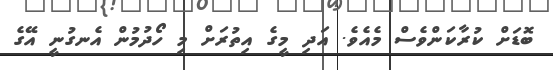
ބޮޑަށް ކުރާކަންވެސް މެއެވެ. އަދި މީގެ އިތުރަށް މި ހޯދުމުން އެނގުނީ އޭގެ